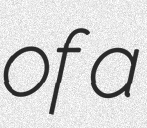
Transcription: of a